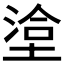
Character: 𭏄